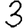
Digit: 3